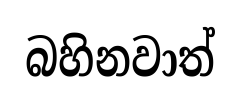
බහිනවාත්